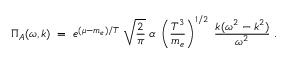
{ \Pi _ { A } ( \omega , k ) \; = \; e ^ { ( \mu - m _ { e } ) / T } \; \sqrt { { \frac { 2 } { \pi } } } \; \alpha \; \left( { \frac { T ^ { 3 } } { m _ { e } } } \right) ^ { 1 / 2 } \; { \frac { k ( \omega ^ { 2 } - k ^ { 2 } ) } { \omega ^ { 2 } } } \; . }